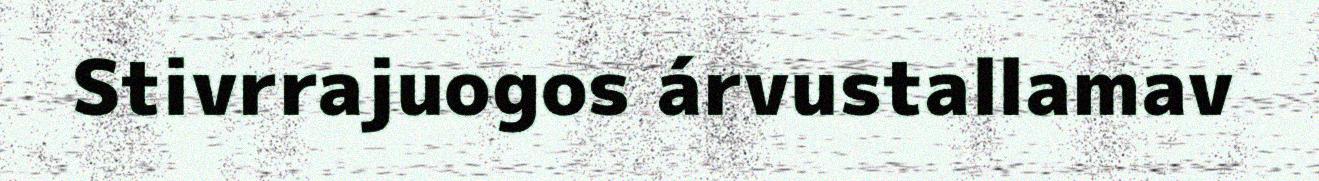
Stivrrajuogos árvustallamav